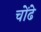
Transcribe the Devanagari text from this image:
चोंढे